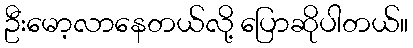
ဦးမော့လာနေတယ်လို့ ပြောဆိုပါတယ်။